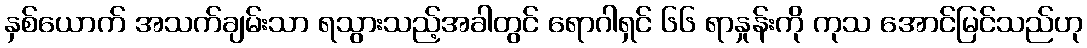
နှစ်ယောက် အသက်ချမ်းသာ ရသွားသည့်အခါတွင် ရောဂါရှင် ၆၆ ရာနှုန်းကို ကုသ အောင်မြင်သည်ဟု